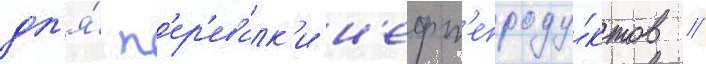
дл'я́ п'ер'евалк'и н'ефт'епроду́ктов //